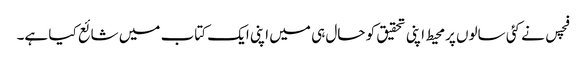
فچس نے کئی سالوں پرمحیط اپنی تحقیق کو حال ہی میں اپنی ایک کتاب میں شائع کیا ہے۔